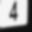
Digit: 4